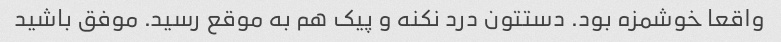
واقعا خوشمزه بود. دستتون درد نکنه و پیک هم به موقع رسید. موفق باشید